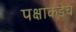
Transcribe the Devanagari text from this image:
पक्षाकडेच